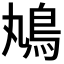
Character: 𩾞